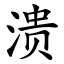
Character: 溃